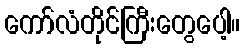
ကော်လံတိုင်ကြီးတွေပေါ့။